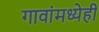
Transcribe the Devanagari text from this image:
गावांमध्येही